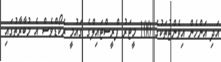
އަދި އަންހެން އިވެންޓުތަކުގެ 100 މީޓަރު ފްރީސްޓައިލްގެ ގައުމީ ރެކޯޑްވެސް އެ މުބާރާތުގައި